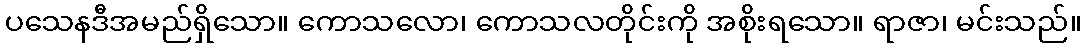
ပသေနဒီအမည်ရှိသော။ ကောသလော၊ ကောသလတိုင်းကို အစိုးရသော။ ရာဇာ၊ မင်းသည်။